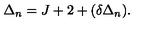
\Delta _ { n } = J + 2 + ( \delta \Delta _ { n } ) .